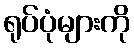
ရုပ်ပုံများကို